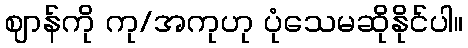
ဈာန်ကို ကု/အကုဟု ပုံသေမဆိုနိုင်ပါ။